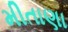
મીતાણા